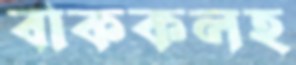
বাককলহ